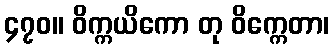
၄၇၀။ ဝိက္ကယိကော တု ဝိက္ကေတာ၊